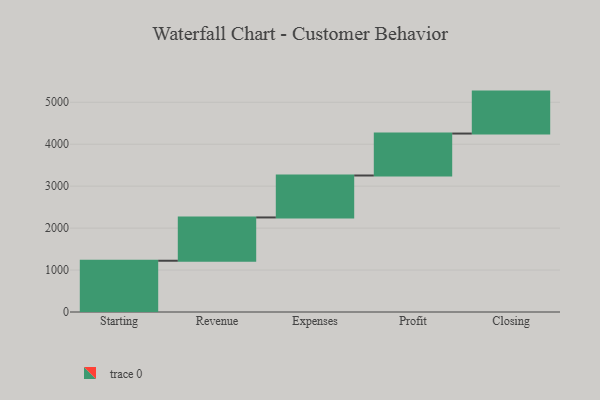
{"axis": {"x": "Step", "y": "Value"}, "legend": [""], "data": [{"x": "Starting", "y": 1222.0, "type": ""}, {"x": "Revenue", "y": 1032.0, "type": ""}, {"x": "Expenses", "y": 1000, "type": ""}, {"x": "Profit", "y": 1000, "type": ""}, {"x": "Closing", "y": 1000, "type": ""}]}